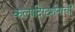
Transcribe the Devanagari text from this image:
कलादिग्दर्शनाची